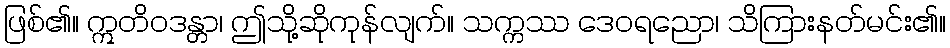
ဖြစ်၏။ ဣတိဝဒန္တာ၊ ဤသို့ဆိုကုန်လျက်။ သက္ကဿ ဒေဝရညော၊ သိကြားနတ်မင်း၏။